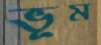
ভূম